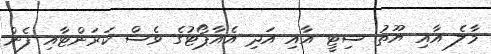
މާލެ އާއި ޔޫތު ސިޓީ އާއި އަދި އެއާޕޯޓުގެ ވެސް ކަރަންޓާއި ފެން